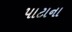
પાટાના